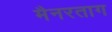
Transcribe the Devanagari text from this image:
मैनरताग